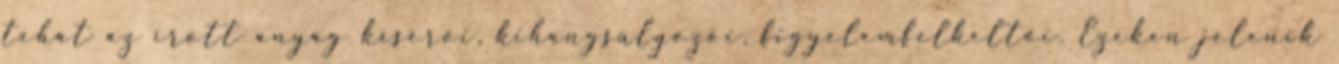
tehát az írott anyag kísérői, kihangsúlyozói, figyelemfelkeltői. Ezeken jelenik